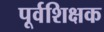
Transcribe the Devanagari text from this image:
पूर्वशिक्षक